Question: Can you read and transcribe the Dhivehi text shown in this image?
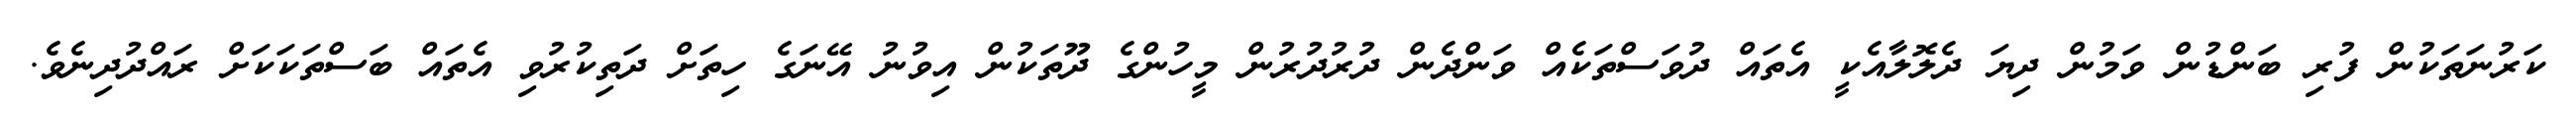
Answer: ކަރުނަތަކުން ފުރި ބަންޑުން ވަމުން ދިޔަ ދެލޮލާއެކީ އެތައް ދުވަސްތަކެއް ވަންދެން ދުރުދުރުން މީހުންގެ ދޫތަކުން އިވުނު އޭނަގެ ހިތަށް ދަތިކުރުވި އެތައް ބަސްތަކަކަށް ރައްދުދިނެވެ.